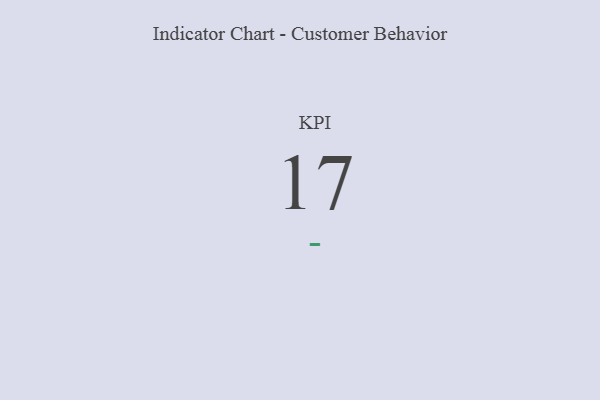
{"axis": {"x": "KPI", "y": "Value"}, "legend": [""], "data": [{"x": "KPI", "y": 17, "type": ""}]}